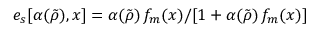
e _ { s } [ \alpha ( \tilde { \rho } ) , x ] = \alpha ( \tilde { \rho } ) \, f _ { m } ( x ) / [ 1 + \alpha ( \tilde { \rho } ) \, f _ { m } ( x ) ]